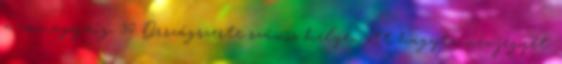
a zsinagógáig. 30 Országszerte számos helyen ott hagyta névjegyét.